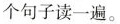
个句子读一遍。